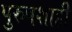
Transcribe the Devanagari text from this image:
पुरुषशाही